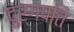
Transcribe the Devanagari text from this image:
दुर्गपति